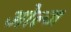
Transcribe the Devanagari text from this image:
ओल्ज